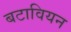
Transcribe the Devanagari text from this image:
बटावियन